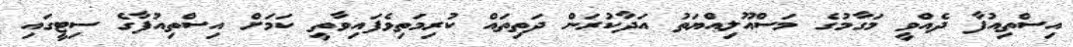
އިސްތިއުފާ ދެއްވީ މަގާމުގެ މަސްއޫލިއްޔަތު އަދާކުރަން ދަތިތައް ކުރިމަތިވެފައިވާތީ ކަމަށް އިސްތިއުފާގެ ސިޓީގައި